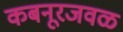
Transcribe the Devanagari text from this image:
कबनूरजवळ